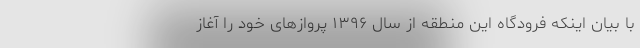
با بیان اینکه فرودگاه این منطقه از سال ۱۳۹۶ پروازهای خود را آغاز